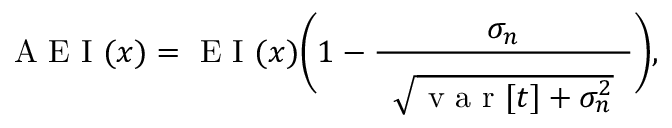
\mathrm { ~ A ~ E ~ I ~ } ( \boldsymbol { x } ) = \mathrm { ~ E ~ I ~ } ( \boldsymbol { x } ) \Bigg ( 1 - \frac { \sigma _ { n } } { \hphantom { e } \vphantom { \bigg | } \sqrt { \mathrm { ~ v ~ a ~ r ~ } [ t ] + \sigma _ { n } ^ { 2 } } \hphantom { e } } \Bigg ) ,